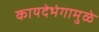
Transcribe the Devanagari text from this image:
कायदेभंगामुळे